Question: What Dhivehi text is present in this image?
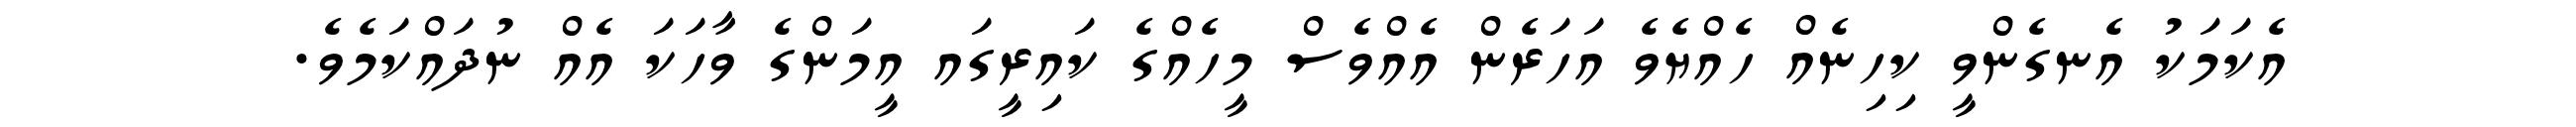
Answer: އެކަމަކު އެނގެންވީ ކިހިނެއް ހެއްޔެވެ އަހަރެން އެއްވެސް މީހެއްގެ ކައިރީގައ އީމަންގެ ވާހަކަ އެއް ނުދައްކަމެވެ.